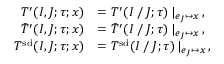
\begin{array} { r l } { T ^ { \prime } ( I , J ; \tau ; x ) } & { = T ^ { \prime } ( I \mathbin { / } J ; \tau ) \, | _ { e _ { J } \mapsto x } \, , } \\ { \bar { T } ^ { \prime } ( I , J ; \tau ; x ) } & { = \bar { T } ^ { \prime } ( I \mathbin { / } J ; \tau ) \, | _ { e _ { J } \mapsto x } \, , } \\ { T ^ { \smash { \mathrm { s d } } } ( I , J ; \tau ; x ) } & { = T ^ { \smash { \mathrm { s d } } } ( I \mathbin { / } J ; \tau ) \, | _ { e _ { J } \mapsto x } \, , } \end{array}